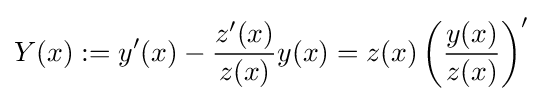
Y(x):=y'(x)-{\frac {z'(x)}{z(x)}}y(x)=z(x)\left({\frac {y(x)}{z(x)}}\right)'